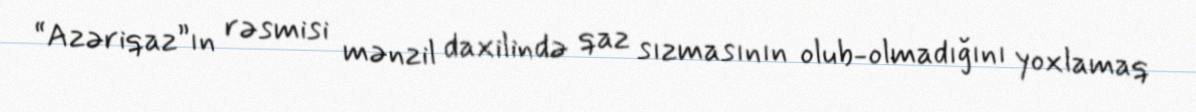
“Azəriqaz”ın rəsmisi mənzil daxilində qaz sızmasının olub-olmadığını yoxlamaq